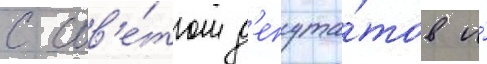
с сов'е́том д'епута́тов и́